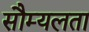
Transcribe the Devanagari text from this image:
सौम्‍यलता